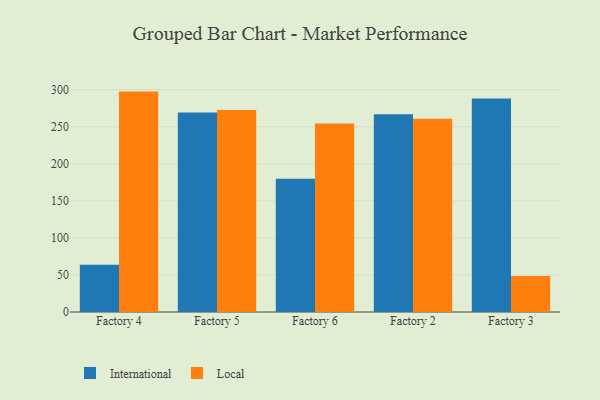
{"axis": {"x": "Factory", "y": "Operating Costs (USD K)"}, "legend": ["International", "Local"], "data": [{"x": "Factory 4", "y": 63.6, "type": "International"}, {"x": "Factory 4", "y": 297.4, "type": "Local"}, {"x": "Factory 5", "y": 269.2, "type": "International"}, {"x": "Factory 5", "y": 272.5, "type": "Local"}, {"x": "Factory 6", "y": 179.8, "type": "International"}, {"x": "Factory 6", "y": 254.2, "type": "Local"}, {"x": "Factory 2", "y": 266.7, "type": "International"}, {"x": "Factory 2", "y": 260.8, "type": "Local"}, {"x": "Factory 3", "y": 288.2, "type": "International"}, {"x": "Factory 3", "y": 48.5, "type": "Local"}]}